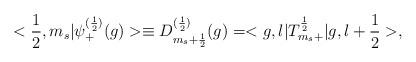
LaTeX: \begin{align*}<\frac{1}{2},m_s|{\psi}_{+}^{(\frac{1}{2})}(g)>\equiv D^{(\frac{1}{2})}_{m_s+\frac{1}{2}}(g)=<g,l|T^{\frac{1}{2}}_{m_s+}|g,l+\frac{1}{2}>,\end{align*}